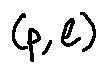
( p , l )